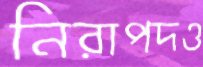
নিরাপদও